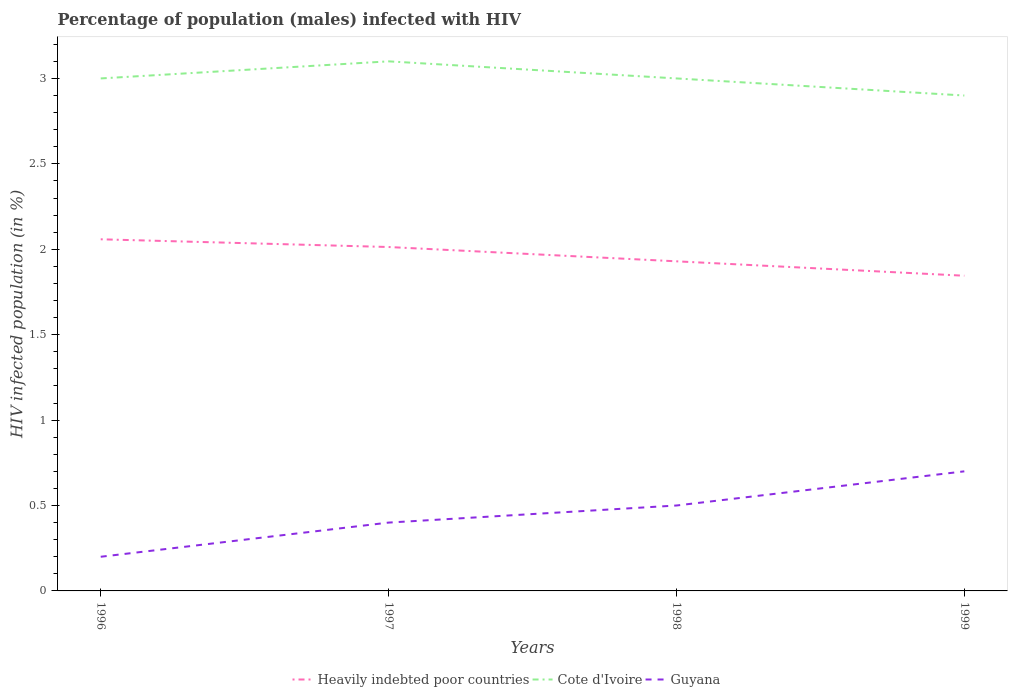
| Years | Heavily indebted poor countries | Cote d'Ivoire | Guyana |
 | --- | --- | --- | --- |
 | 1996 | 2.06 | 3 | 0.2 |
 | 1997 | 2.01 | 3.1 | 0.4 |
 | 1998 | 1.93 | 3 | 0.5 |
 | 1999 | 1.85 | 2.9 | 0.7 |